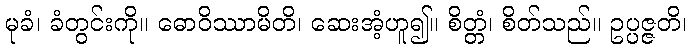
မုခံ၊ ခံတွင်းကို။ ဓောဝိဿာမိတိ၊ ဆေးအံ့ဟူ၍။ စိတ္တံ၊ စိတ်သည်။ ဥပ္ပဇ္ဇတိ၊